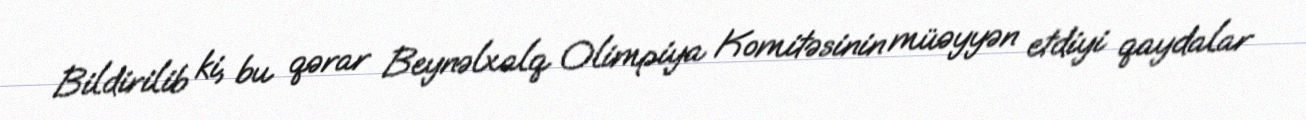
Bildirilib ki, bu qərar Beynəlxalq Olimpiya Komitəsinin müəyyən etdiyi qaydalar